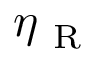
\eta _ { \mathrm { ~ R ~ } }